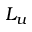
L _ { u }